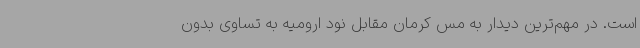
است. در مهم‌ترین دیدار به مس کرمان مقابل نود ارومیه به تساوی بدون